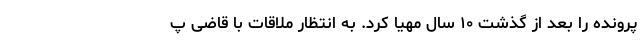
پرونده را بعد از گذشت ۱۰ سال مهیا کرد. به انتظار ملاقات با قاضی پ